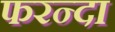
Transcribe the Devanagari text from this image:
फरन्दा